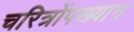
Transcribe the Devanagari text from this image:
चरित्रोंपख्यान